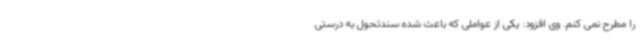
را مطرح نمی کنم. وی افزود: یکی از عواملی که باعث شده سندتحول به درستی